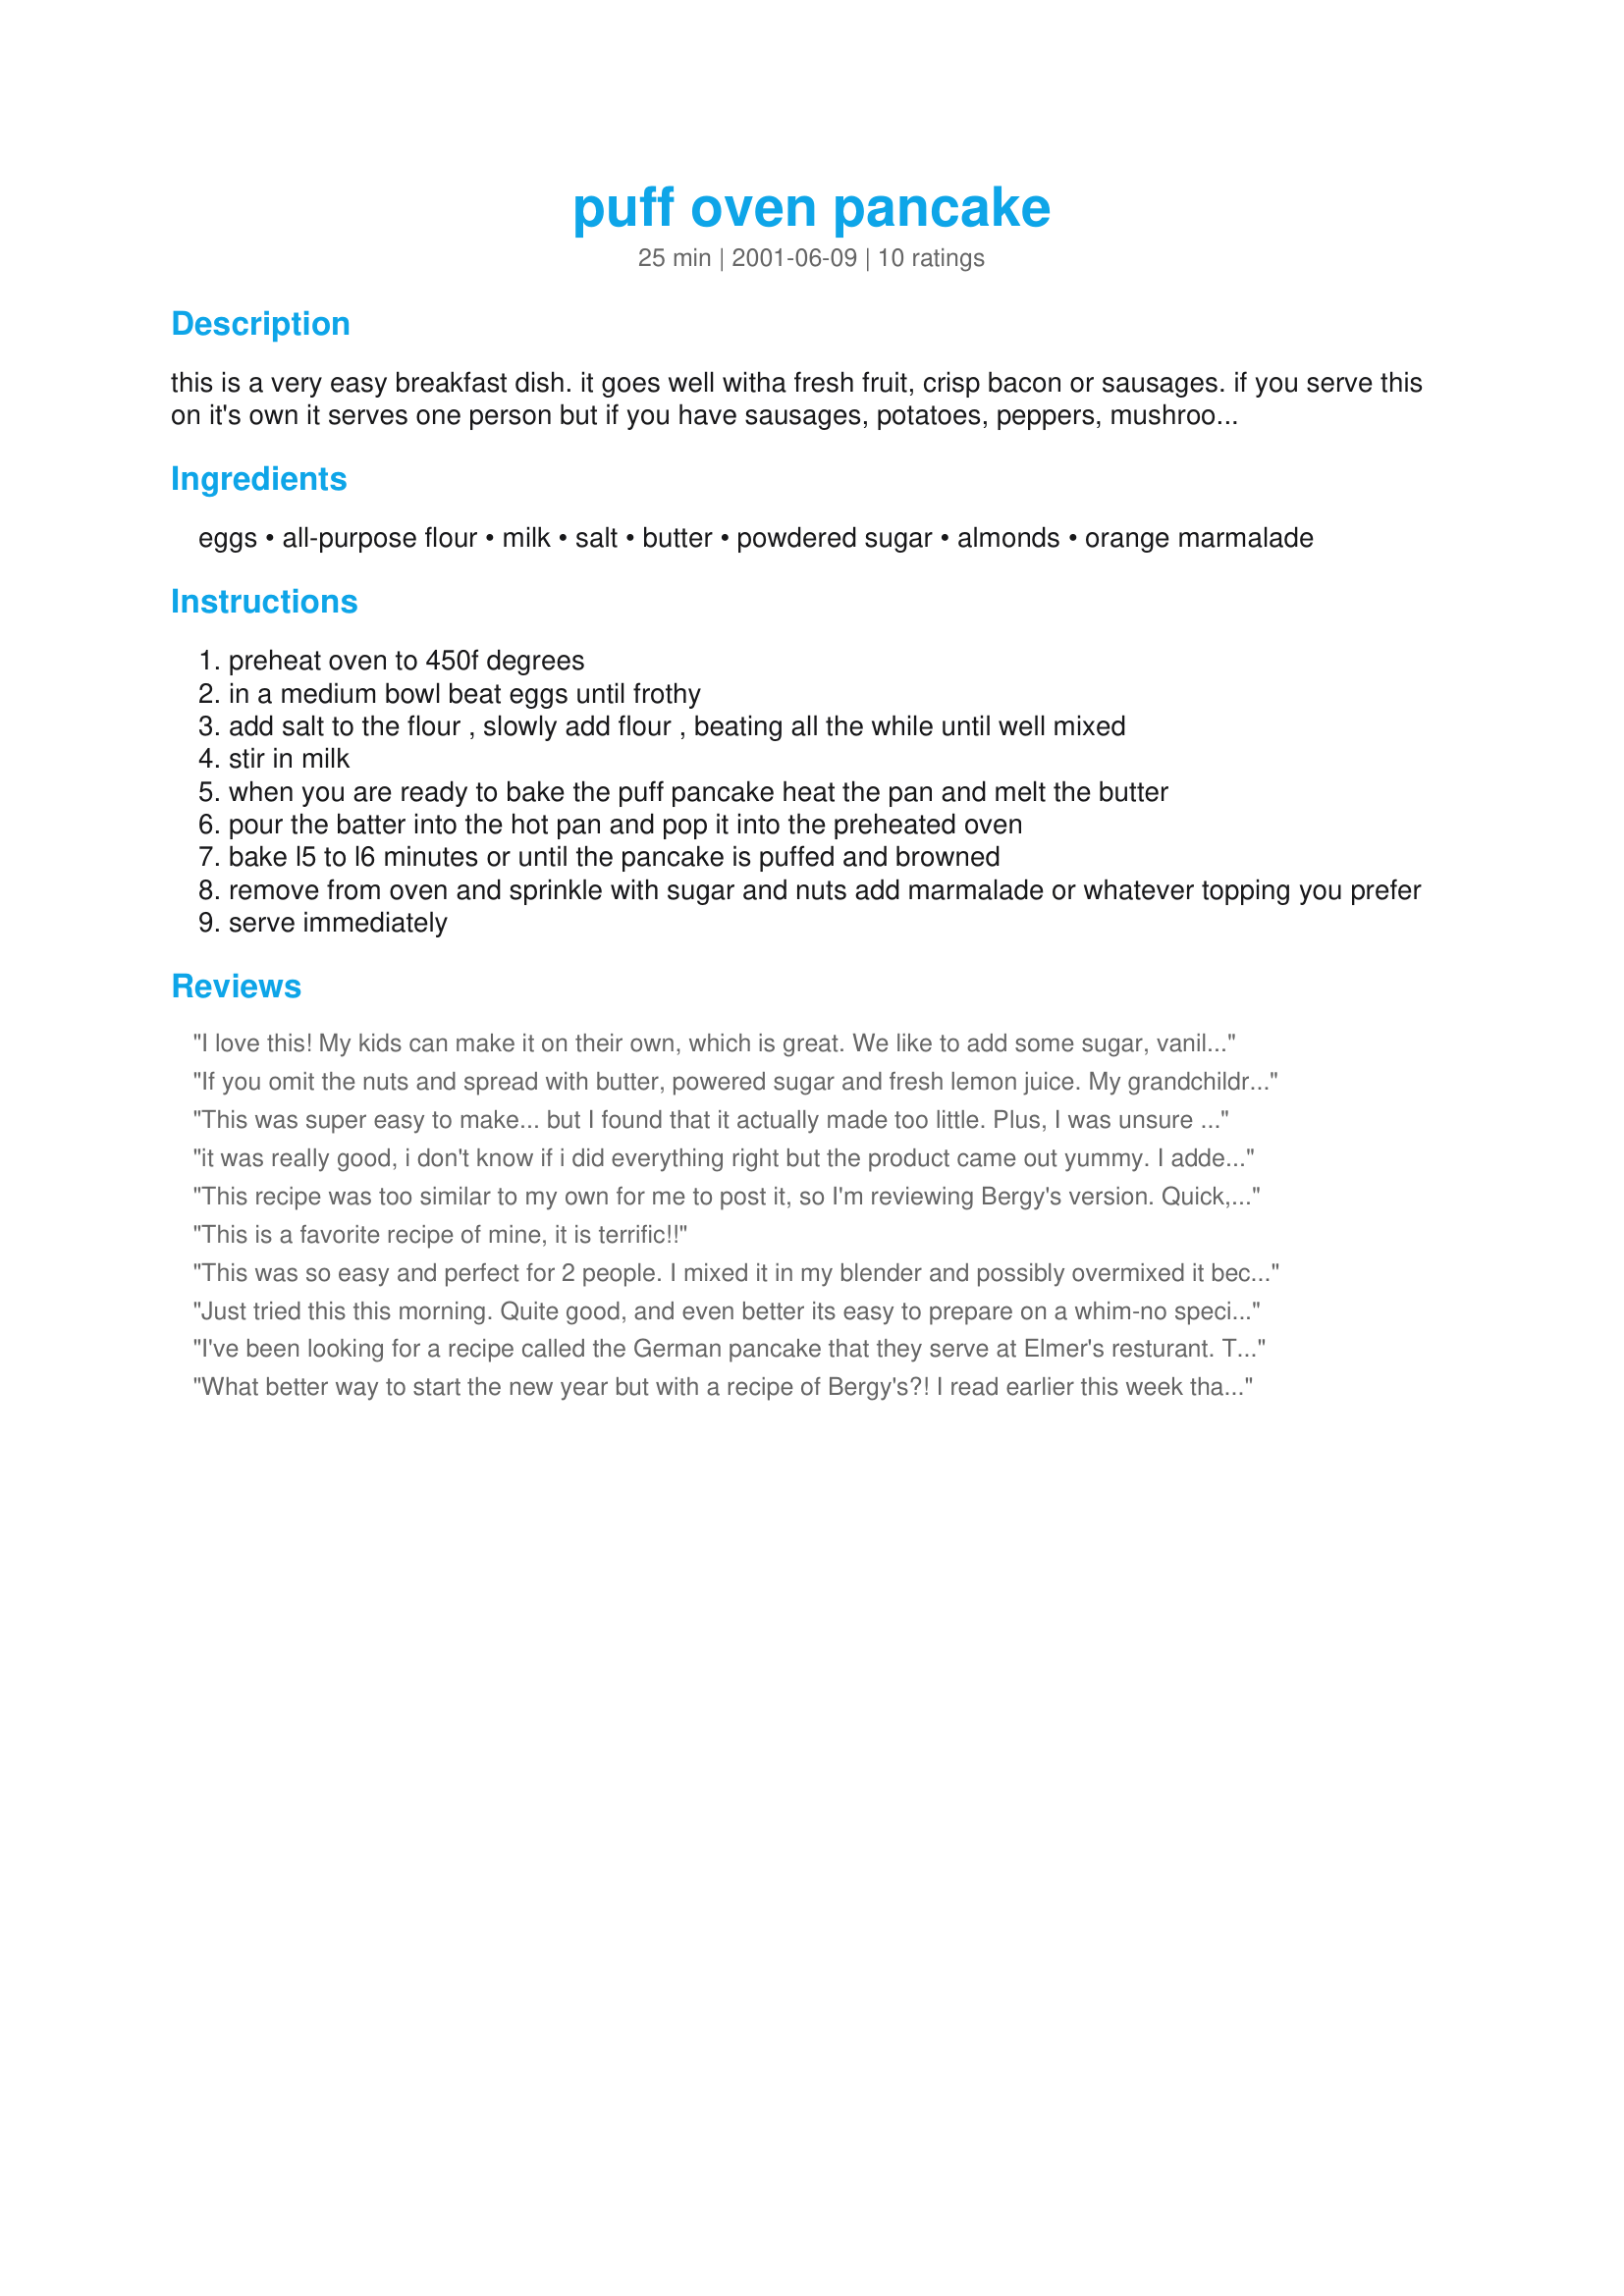
puff oven pancake
Preparation time: 25 minutes

this is a very easy breakfast dish. it goes well witha fresh fruit, crisp bacon or sausages. if you serve this on it's own it serves one person but if you have sausages, potatoes, peppers, mushrooms etc it serves two. there are as many variations as you have imagination. just follow the batter recipe and then add what ever you fancy before serving. in the picture i have dressed it with

Ingredients:
eggs, all-purpose flour, milk, salt, butter, powdered sugar, almonds, orange marmalade

Steps:
preheat oven to 450f degrees
in a medium bowl beat eggs until frothy
add salt to the flour , slowly add flour , beating all the while until well mixed
stir in milk
when you are ready to bake the puff pancake heat the pan and melt the butter
pour the batter into the hot pan and pop it into the preheated oven
bake l5 to l6 minutes or until the pancake is puffed and browned
remove from oven and sprinkle with sugar and nuts add marmalade or whatever topping you prefer
serve immediately

Reviews:
I love this! My kids can make it on their own, which is great. We like to add some sugar, vanilla extract, and cinnamon and/or nutmeg to the batter before baking.
If you omit the nuts and spread with butter, powered sugar and fresh lemon juice. My grandchildren love it this way. You can add fresh fruit if you want.
This was super easy to make... but I found that it actually made too little. Plus, I was unsure as to what size of pan to use. I ended up using an 8" round pan. It seemed to work quite well. I think I would simply double this next time. The flavour was great. Nice and light. Perfect for an early morning breakfast!
it was really good, i don't know if i did everything right but the product came out yummy. I added a tablespoon of sugar and a little bit of vanilla extract. and served it with chocolate chips and powdered sugar. i think next time i'll heat the pan a little more before i put the batter in.
This recipe was too similar to my own for me to post it, so I'm reviewing Bergy's version. Quick, easy, delicious! By time you set the table for brekkie, this pancake is done! I love the eggy-taste and the fact that NO sugar is used in the batter; this allows me to add my own sweet topping. I've never made it with ice cold batter; I only have used room temperature batter whipped into a frenzy with my manual beater to achieve maximum height. A 10" skillet makes a large enough pancake for the two of us, with some lovely crsip bacon on the side.
This is a favorite recipe of mine, it is terrific!!
This was so easy and perfect for 2 people. I mixed it in my blender and possibly overmixed it because it didn't raise much. When I make these again I will try just a bit of sugar in the mixture and maybe vanilla, but only because I am a sugar addict.
Just tried this this morning. Quite good, and even better its easy to prepare on a whim-no special grocery trips! I used the powdered sugar and raspberry preserves (as I had no marmalade) and was pretty good like that. I'll try it next time with the marmalade (which I love) and some butter. Thanks
I've been looking for a recipe called the German pancake that they serve at Elmer's resturant. This is the same thing! Thanks
What better way to start the new year but with a recipe of Bergy's?! I read earlier this week that it is a tradition in some cultures that if you "eat poor" on New Year's Day, you'll have a successful year. Since I need all the good luck charms I can gather, I decided to go with that philosophy and chose this dish to be my first meal of 2004. What a great decision! This is incredibly easy to whip together, and is make with low-cost on-hand ingredients. I made two minor changes: I used only a sprinkle of salt, not the full 1/4 tsp, and I added 1/8 tsp of pure almond extract to add a nutty sweetness (I didn't use the nuts called for). I served it, to myself (hubby is at work), with a sprinkle of icing sugar, a dab of butter, and a big spoonful of orange marmalade. This looks very cool when it comes out of the oven, all puffed up like a giant bowl. I'm guessing kids would love it. I enjoyed this very much and intend to make it often. Thanks Bergy, for helping me start 2004 off right!
